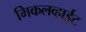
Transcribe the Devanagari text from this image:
मिकलव्हाईट